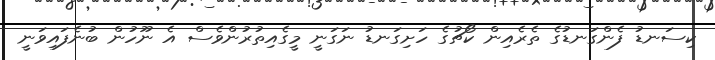
ކިސަނޑު ފެންގަނޑުގެ ތެރެއިން ކޯޗުގެ ހަށިގަނޑު ނަގަނީ މީގެއިތުރުންވެސް އެ ނޫހުން ބުނެފައިވަނީ